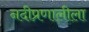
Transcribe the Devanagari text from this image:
नदीप्रणालीला